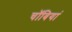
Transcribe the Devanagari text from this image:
चॉबियां